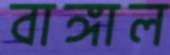
বাঙ্গাল